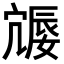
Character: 𪧩